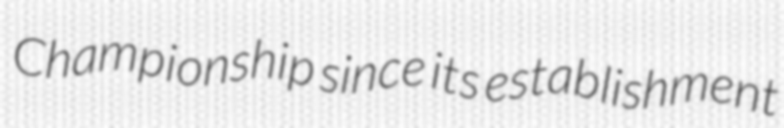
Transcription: Championship since its establishment